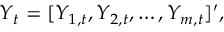
\boldsymbol { Y } _ { t } = [ Y _ { 1 , t } , Y _ { 2 , t } , \ldots , Y _ { m , t } ] ^ { \prime } ,